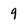
Character: 9